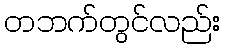
တဘက်တွင်လည်း